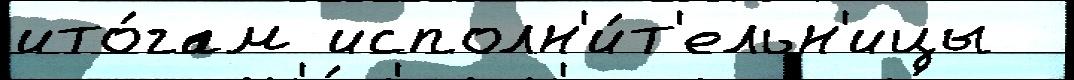
ито́гам исполн'и́т'ельн'ицы